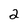
Character: 2